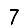
Digit: 7